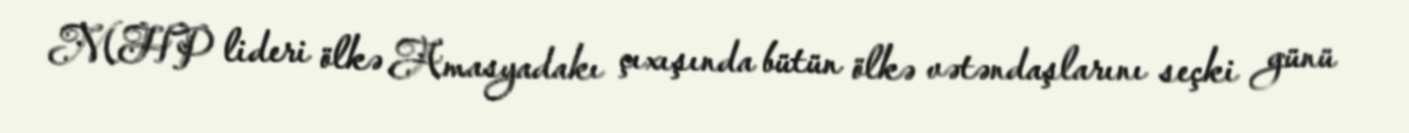
MHP lideri ölkə Amasyadakı çıxışında bütün ölkə vətəndaşlarını seçki günü